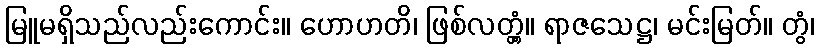
မြူမရှိသည်လည်းကောင်း။ ဟောဟတိ၊ ဖြစ်လတ္တံ့။ ရာဇသေဋ္ဌ၊ မင်းမြတ်။ တွံ၊